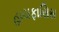
હાયફાસિસ